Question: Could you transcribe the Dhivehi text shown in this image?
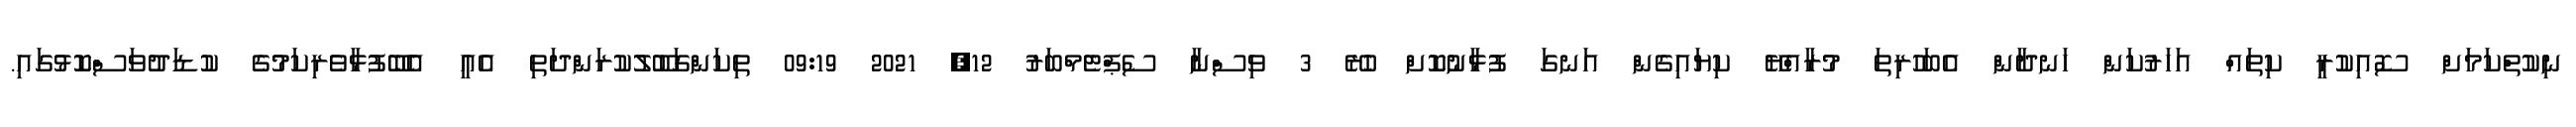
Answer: ނިކުތްކަމަށް ސޮއިކުރީ ކިތައް އަހަރުކަން ހަނދާން އެބަހުރިތަ މުރާއްޔޭ ކިޔައިގެން އަނގަ ފުޅާނުކޮށް ހުރޭ 3 ވިސްނާ ސެޕްޓެމްބަރު 12, 2021 09:19 ތިކަންގަބޫލުކުރަންދަތި އެއީ އެބޭފުޅާވެރިކަމުގެ ކުޑަދުވަސްކޮޅުގައި.